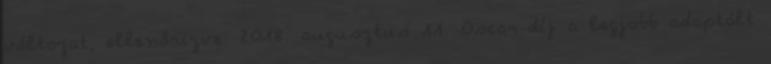
változat, ellenőrizve: 2018. augusztus 11. Oscar-díj a legjobb adaptált